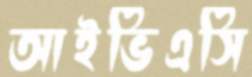
আইভিএসি